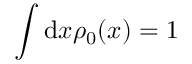
\int \mathrm { d } \boldsymbol { x } \rho _ { 0 } ( \boldsymbol { x } ) = 1